Papers set at the Examination for Leaving Certificates, 1892
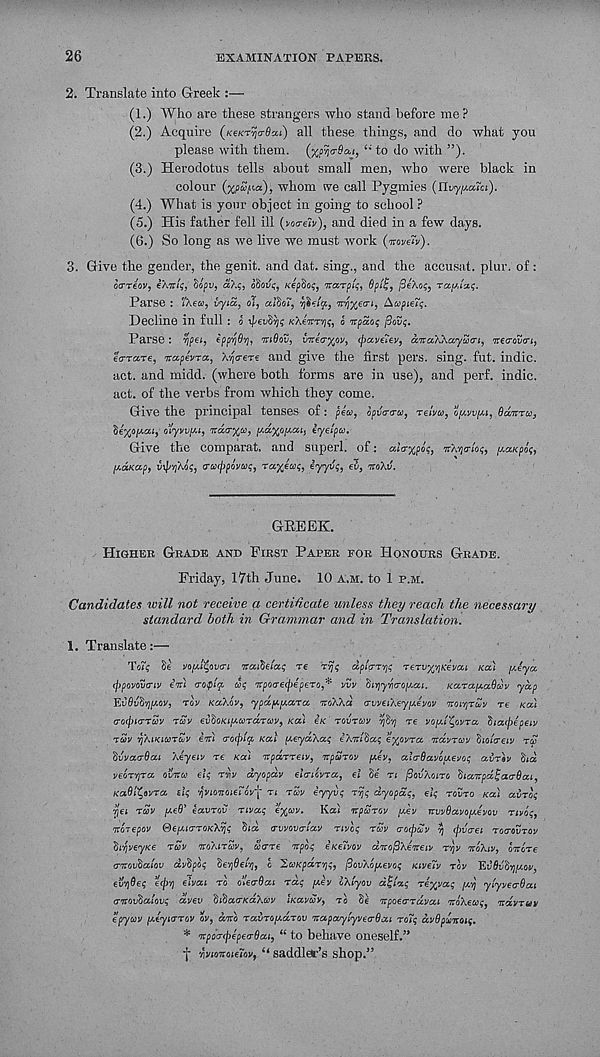
26
EXAMINATION PAPERS.
2. Ti'.anslate into Greek :—
(1.) Who are these strangers who stand before me?
(2.) Acquire (KeKT^ja-Scu) all these things, and do what you
please with them. (xeyo-Sai, to do with ”).
(3.) Herodotus tells about small men, who were black in
colour (%f)w,ua), whom we call Pygmies (nvyy.ata).
(4.) What is your object in going to school ?
(5.) His father fell ill (votreiv), and died in a few days.
(6.) So long as we live we must work (mveiv).
3. Give the gender, the genit. and dat. sing., and the accusat. plur. of:
ocrTeov, e/.7r/?, dopv, a?.g, o&ou?, Kephot;, itaTpi^
, /3eAo^5 Tajj.txi;.
Parse : "Xew, iyia, oT, alSoi',
"Y/Jcy ^upalq.
Decline in full : o ipevSyc; /cAewr^^, o irpao^ fiovi;.
Parse : ripei, ipp^Oii, m6ov, v-ireo-y/jy, tj>av(7ev, aTraWaySStri, ireo-oScr;,
ea-rare, irapevra, Xqo-ere and give the first pers. sing. fut. indie,
act. and midd. (where both forms are in use), and perf. indie,
act. of the verbs from which they come.
Give the principal tenses of: pew, opvcnrw, re/yw, opoyupu, Bd.'nru,
§e'%opia<, o’lymy.1, ndo-xin,
eyelpcc.
Give the comparat. and superl. of: alcrxpo^, nXya-ioi;, y.«Kpo{,
pj-dnap,
trsK^po'yiii?, rayeai;, eyyili;, e3, noXd.
GREEK.
HIGHER GRADE AND FIRST PAPER FOR HONOURS GRADE.
Friday, 17th June. 10 A.M. to 1 P.M.
Candidates will not receive a certificate unless they reach the necessary
standard, both in Grammar and in Translation.
1. Translate:—
Toi? Se voy.lfyva-1 waiSeta; TC
dplg-Tt]; TervyriKetiai Kai y.eya
(j)povov<riv eVi rrotylo, cl; 'Trpoo'e^jepero,* ytly ^t^yrcropf.ou.
Ka.Tay.aQuv yap
EufltlS'^f/.oy, roy Kal.lv, ypayyara oroAAa cvvcc/.e.y/vJvciv 'KOVCJTUV TO Kal
aoipHTTSv TSV eiihoKiyuTaTav, Kal is revrav rfC’/j re voyt'^ovra hacplpiiv
TUV vjAiKiuTuv c.vcl (rocplg, Kal y.cyd/.a; iXitl^a; cyovra Tcdvrav holaeiv rcu
IvvaaQaA Aeyeiy re Kal orpaxTeiy, npurov yJv. aia-Qavoyevo; avrav lid
yeoxjjra otVoj el; rvv dyopdv eJoroyTa, el Se TI /SOUAOITO haTcpdtaaOai,
KaOl^avTa. el; qvioir(jie~ovf TI TZV eyyil; Tvj; dyopa;, el; TOVTO Kal airo;
vjei TCOV ye9’ eavrov riva; eyyrv. Kai orparoy pcey mvOavoyevov TIVO;,
noTepov &eyia-TOKXij; ha, CTWOVTICCV TIVC; TSV a-oipuv ij cpvcei TOCTIIVTOV
hyveyKe TSV TOXITUV, &are icpo; e’seivov aoro/SAeoreiy T')y woAjy, ovlre
rncovlatov dvlpo; oe'/j^er/j, c 'IccKpar 1 ;;, /SovXoyevo; Kiveiv Toy EufluStjpcoy,
et''/j9e; £</))) elvai TO dlea-Qat ra; yev IXlyov d^la; Teyva; yij ylyvecrQai
amvlialov; dlvev Oilaa-KaAccv iKavuv, TO 8e Tcpoea-rdvai •jcoXeu;, Tcdvruv
epyuv yeyiTTov oy, aoro rainoydrov Ttapayiyvea-Qat ro7; dvdpdmoi;.
* %pocripepecr6ai, “ to behave oneself.”
f ijyioirofeioy, “ saddler’s shop.”